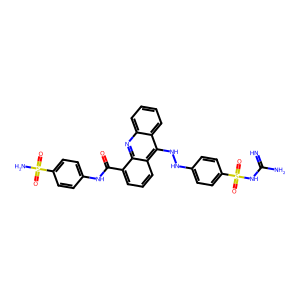
SMILES: N=C(N)NS(=O)(=O)c1ccc(NNc2c3ccccc3nc3c(C(=O)Nc4ccc(S(N)(=O)=O)cc4)cccc23)cc1
Inhibits HIV replication: No